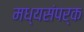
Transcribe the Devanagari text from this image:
मध्यसंपर्क